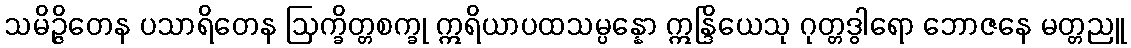
သမိဉ္ဇိတေန ပသာရိတေန ဩက္ခိတ္တစက္ခု ဣရိယာပထသမ္ပန္နော ဣန္ဒြိယေသု ဂုတ္တဒွါရော ဘောဇနေ မတ္တညူ